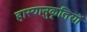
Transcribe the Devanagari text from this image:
हास्यानुकृतियों